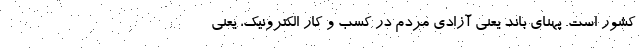
کشور است. پهنای باند یعنی آزادی مردم در کسب و کار الکترونیک، یعنی